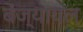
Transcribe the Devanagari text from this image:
बेंज्यायल